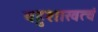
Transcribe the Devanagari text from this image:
बहुशाखत्वं